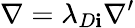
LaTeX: \nabla={\lambda_{D\mathbf{i}}}{\nabla^{\prime}}